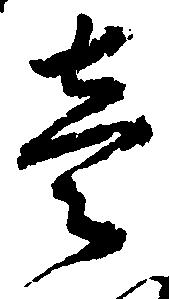
壱